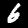
Digit: 6